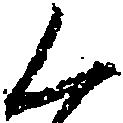
く